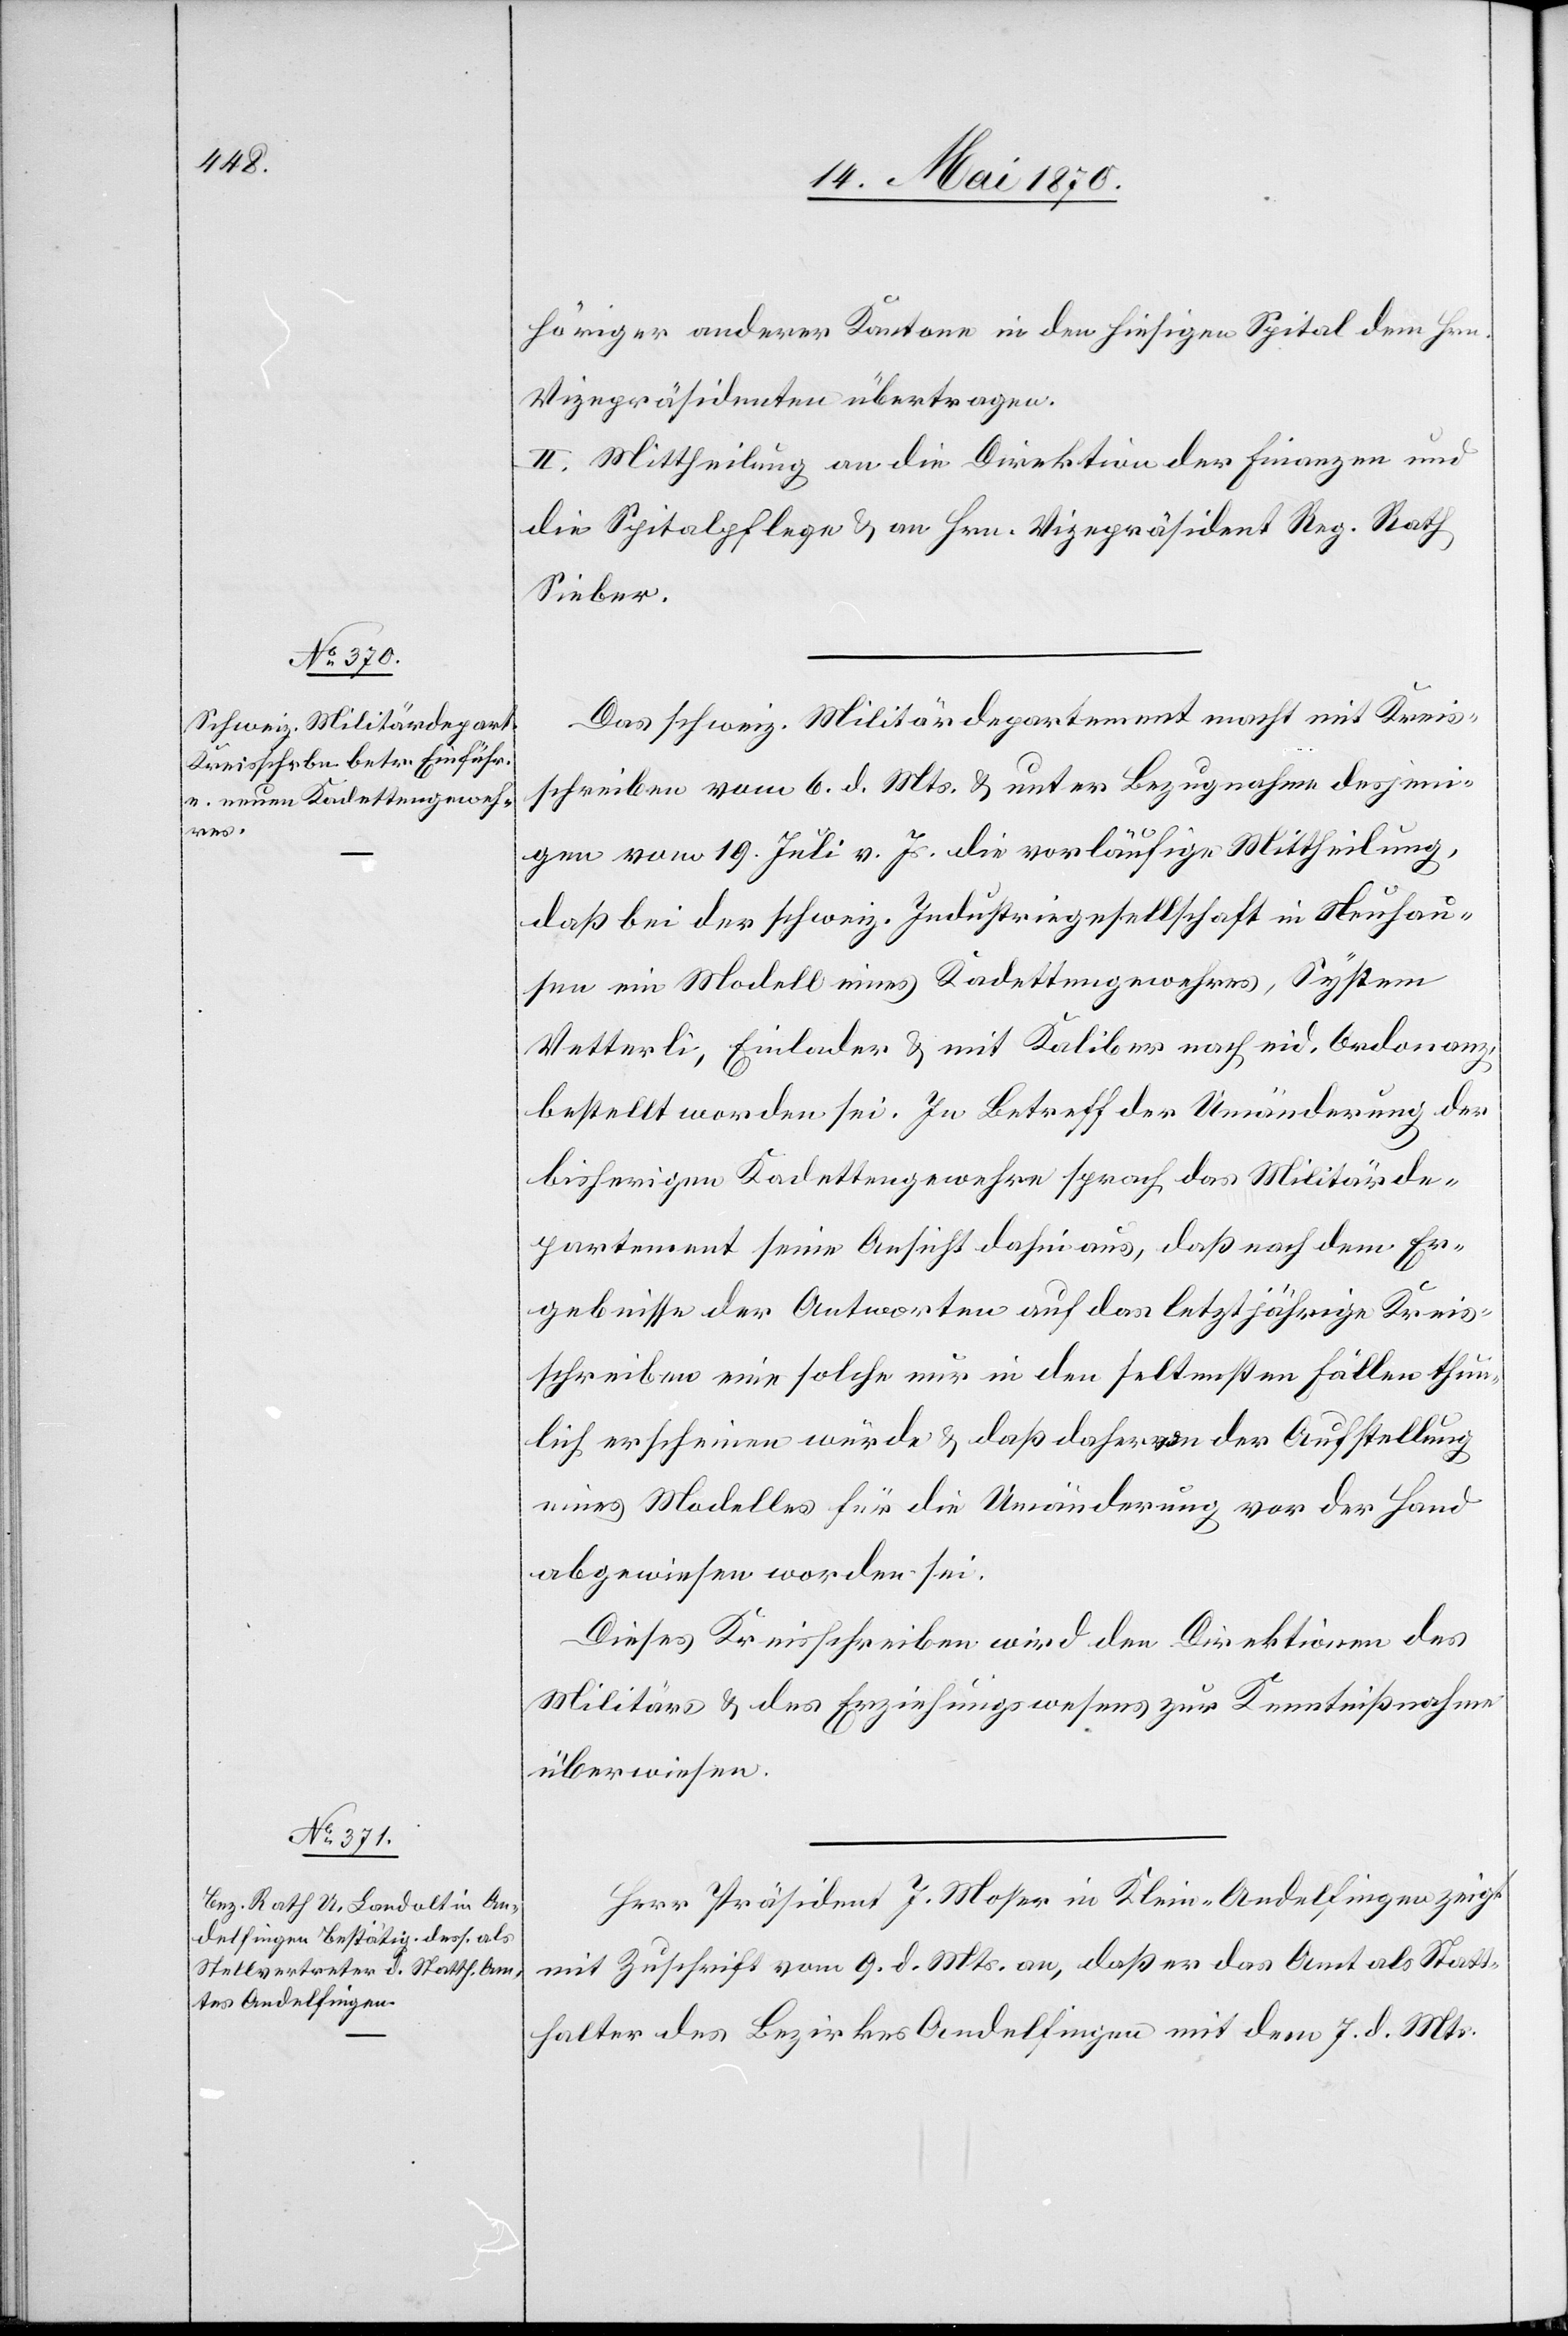
höriger anderer Kantone in den hiesigen Spital dem Hrn.
Vizepräsidenten übertragen.
II. Mittheilung an die Direktion der Finanzen und
die Spitalpflege & an Hrn. Vizepräsident Reg. Rath
Sieber.
Das schweiz. Militärdepartement macht mit Kreis¬
schreiben vom 6. d. Mts. & unter Bezugnahme desjeni¬
gen vom 19. Juli vor. Js. die vorläufige Mittheilung,
daß bei der schweiz. Industriegesellschaft in Neuhau¬
sen ein Modell eines Kadettengewehres, System
Vetterli, Einlader & mit Kaliber nach eid. Ordonanz,
bestellt worden sei. In Betreff der Umänderung der
bisherigen Kadettengewehre sprach das Militärde¬
partement seine Ansicht dahin aus, daß nach dem Er¬
gebnisse der Antworten auf das letztjährige Kreis¬
schreiben eine solche nur in den seltensten Fällen thun¬
lich erscheinen würde & daß daher von der Aufstellung
eines Modelles für die Umänderung vor der Hand
abgewiesen worden sei.
Dieses Kreisschreiben wird den Direktionen des
Militärs & des Erziehungswesens zur Kenntnißnahme
überwiesen.
Herr Präsident J. Moser in Klein-Andelfingen zeigt
mit Zuschrift vom 9. d. Mts. an, daß er das Amt als Statt¬
halter des Bezirkes Andelfingen mit dem 7. d. Mts.